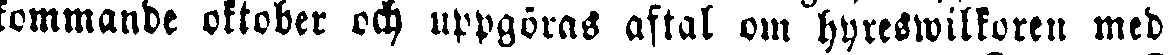
kommande oktober och uppgöras aftal om hyreswilkoren med